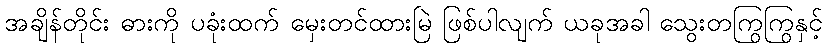
အချိန်တိုင်း ဓားကို ပခုံးထက် မှေးတင်ထားမြဲ ဖြစ်ပါလျက် ယခုအခါ သွေးတကြွကြွနှင့်